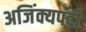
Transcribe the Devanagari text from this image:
अजिंक्यपदी